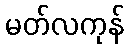
မတ်လကုန်